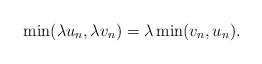
LaTeX: \begin{align*}\min( \lambda u_n, \lambda v_n) = \lambda \min(v_n,u_n).\end{align*}